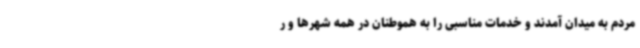
مردم به میدان آمدند و خدمات مناسبی را به هموطنان در همه شهرها و ر